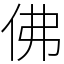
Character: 佛